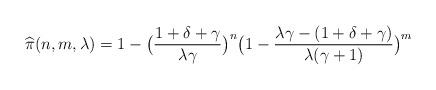
LaTeX: \begin{align*}\widehat{\pi}(n,m,\lambda)=1-\big(\frac{1+\delta+\gamma}{\lambda\gamma}\big)^n\big(1-\frac{\lambda\gamma-(1+\delta+\gamma)}{\lambda(\gamma+1)}\big)^m\end{align*}